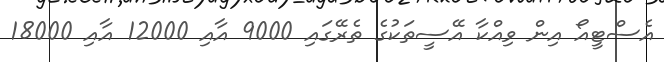
އެސްޓީއޯ އިން ވިއްކާ އޭސީތަކުގެ ތެރޭގައި 9000 އާއި 12000 އާއި 18000